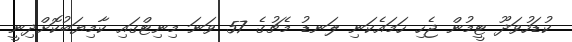
ކުޑަހުވަދޫ ޓީމުން ޖެހި ހަމައެކަނި ލަނޑު މެޗުގެ 57 ވަނަ މިނިޓްގައި ކާމިޔަބުކޮށްދިނީ